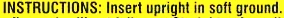
INSTRUCTIONS: Insert upright in soft ground.